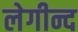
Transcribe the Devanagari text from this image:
लेगीन्द